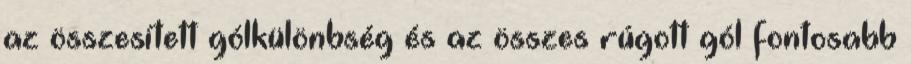
az összesített gólkülönbség és az összes rúgott gól fontosabb